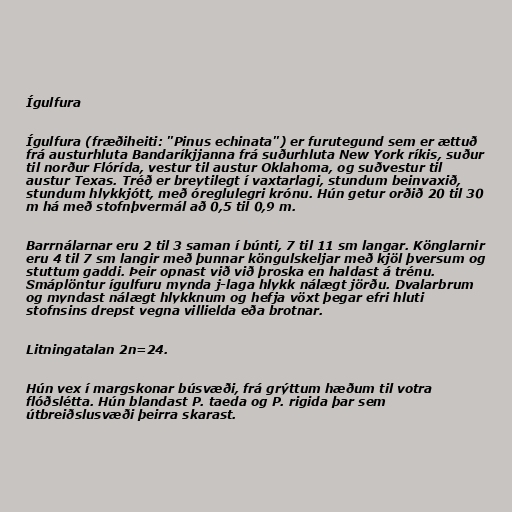
Ígulfura

Ígulfura (fræðiheiti: "Pinus echinata") er furutegund sem er ættuð
frá austurhluta Bandaríkjjanna frá suðurhluta New York ríkis, suður
til norður Flórída, vestur til austur Oklahoma, og suðvestur til
austur Texas. Tréð er breytilegt í vaxtarlagi, stundum beinvaxið,
stundum hlykkjótt, með óreglulegri krónu. Hún getur orðið 20 til 30
m há með stofnþvermál að 0,5 til 0,9 m.

Barrnálarnar eru 2 til 3 saman í búnti, 7 til 11 sm langar. Könglarnir
eru 4 til 7 sm langir með þunnar köngulskeljar með kjöl þversum og
stuttum gaddi. Þeir opnast við við þroska en haldast á trénu.
Smáplöntur ígulfuru mynda j-laga hlykk nálægt jörðu. Dvalarbrum
og myndast nálægt hlykknum og hefja vöxt þegar efri hluti
stofnsins drepst vegna villielda eða brotnar.

Litningatalan 2n=24.

Hún vex í margskonar búsvæði, frá grýttum hæðum til votra
flóðslétta. Hún blandast P. taeda og P. rigida þar sem
útbreiðslusvæði þeirra skarast.